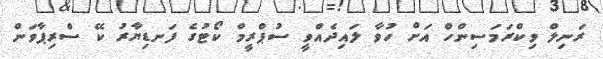
ރަނިލް ވިކްރަމަސިންހް އަށް ހުވާ ލައިދެއްވީ ސުޕްރީމް ކޯޓުގެ ފަނޑިޔާރު ކޭ ސްރިޕާވަން